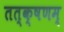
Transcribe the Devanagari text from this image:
तत्क्षणम्